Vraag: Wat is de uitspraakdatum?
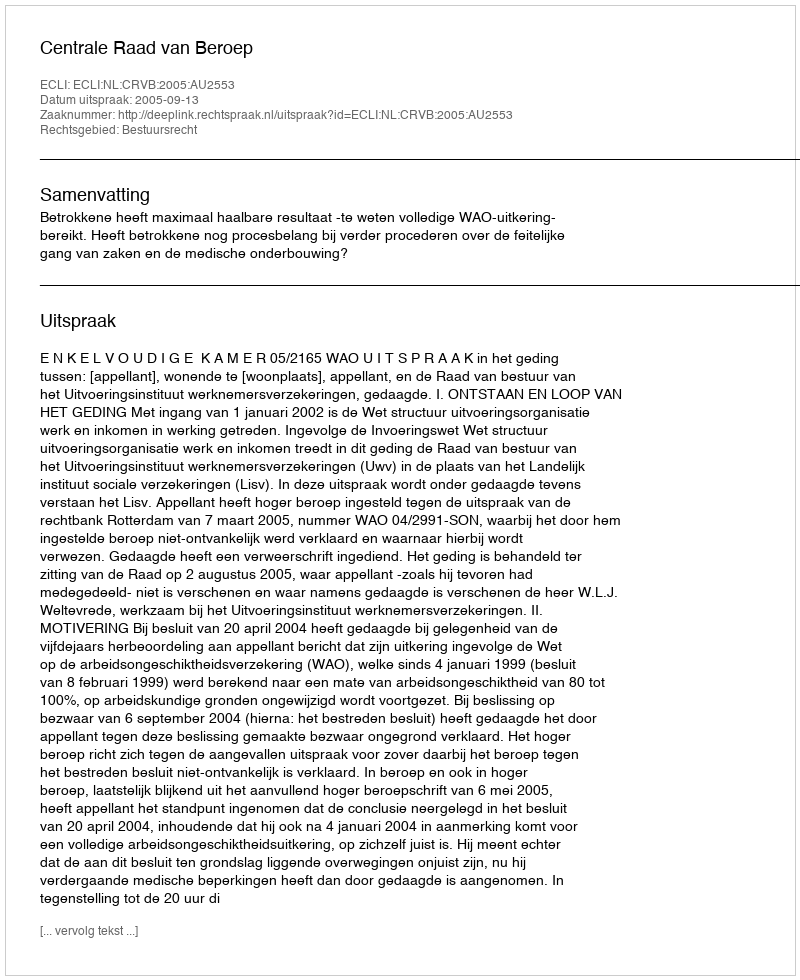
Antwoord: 2005-09-13